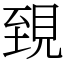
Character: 𧠫